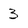
Character: 3